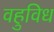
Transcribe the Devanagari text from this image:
वहुविध